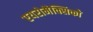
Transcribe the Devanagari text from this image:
एयरोमैक्सिको